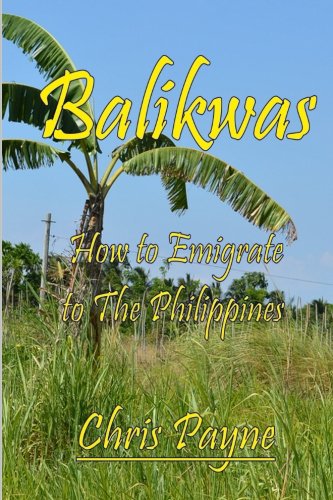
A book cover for Balikwas: How to Emigrate to The Philippines; Chris Payne; Travel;